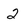
Character: 2